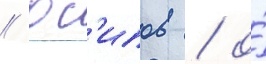
// Ос'ипов / о́